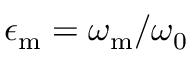
\epsilon _ { \mathrm { m } } = \omega _ { \mathrm { m } } / \omega _ { 0 }